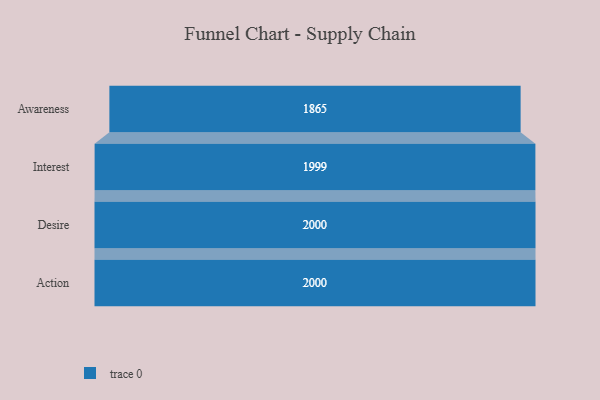
{"axis": {"x": "Stage", "y": "Value"}, "legend": [""], "data": [{"x": "Awareness", "y": 1865.0, "type": ""}, {"x": "Interest", "y": 1999.0, "type": ""}, {"x": "Desire", "y": 2000, "type": ""}, {"x": "Action", "y": 2000, "type": ""}]}